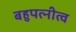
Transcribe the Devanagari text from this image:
बहुपत्‍नीत्व